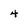
Character: 4